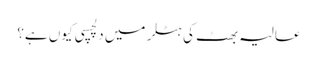
عالیہ بھٹ کی ہٹلر میں دلچسپی کیوں ہے؟